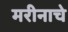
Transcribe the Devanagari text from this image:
मरीनाचे